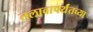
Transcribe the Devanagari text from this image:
तलावापर्यंतच्या